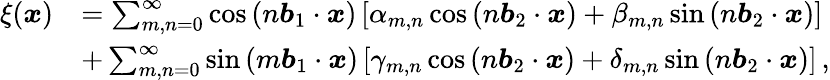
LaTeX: \begin{array}{rl}{\xi({\boldsymbol x})}&{=\sum_{m,n=0}^{\infty}\cos\left(n{\boldsymbol b_{1}}\cdot{\boldsymbol x}\right)\left[\alpha_{m,n}\cos\left(n{\boldsymbol b_{2}}\cdot{\boldsymbol x}\right)+\beta_{m,n}\sin\left(n{\boldsymbol b_{2}}\cdot{\boldsymbol x}\right)\right]}\\ &{+\sum_{m,n=0}^{\infty}\sin\left(m{\boldsymbol b_{1}}\cdot{\boldsymbol x}\right)\left[\gamma_{m,n}\cos\left(n{\boldsymbol b_{2}}\cdot{\boldsymbol x}\right)+\delta_{m,n}\sin\left(n{\boldsymbol b_{2}}\cdot{\boldsymbol x}\right)\right]\, ,}\end{array}